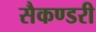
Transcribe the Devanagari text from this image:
सैकण्‍डरी